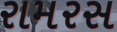
રામરસ